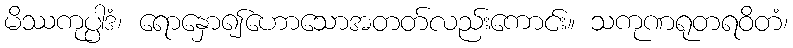
မိဿကုပ္ပါဒံ၊ ရောနှော၍ဟောသောအတတ်လည်းကောင်း။ သကုဏရုတရဝိတံ၊